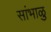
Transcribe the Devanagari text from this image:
सांभाळु